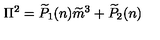
\Pi ^ { 2 } = \widetilde { P } _ { 1 } ( n ) \widetilde { m } ^ { 3 } + \widetilde { P } _ { 2 } ( n )